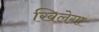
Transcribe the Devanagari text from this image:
खिलेगा